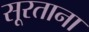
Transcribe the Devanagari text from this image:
सूरताना